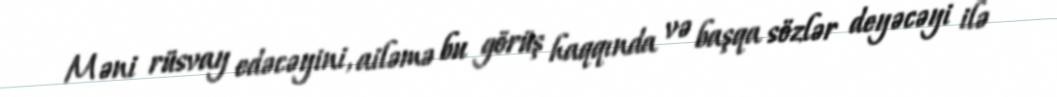
Məni rüsvay edəcəyini, ailəmə bu görüş haqqında və başqa sözlər deyəcəyi ilə